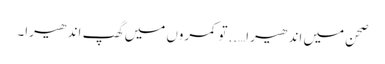
صحن میں اندھیرا…..تو کمروں میں گھپ اندھیرا۔